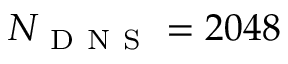
N _ { \mathrm { ~ D ~ N ~ S ~ } } = 2 0 4 8